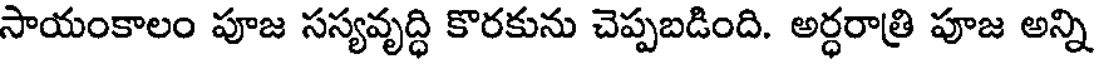
సాయంకాలం పూజ సస్యవృద్ధి కొరకును చెప్పబడింది. అర్ధరాత్రి పూజ అన్ని